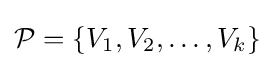
{\mathcal {P}}=\{V_{1},V_{2},\dots ,V_{k}\}